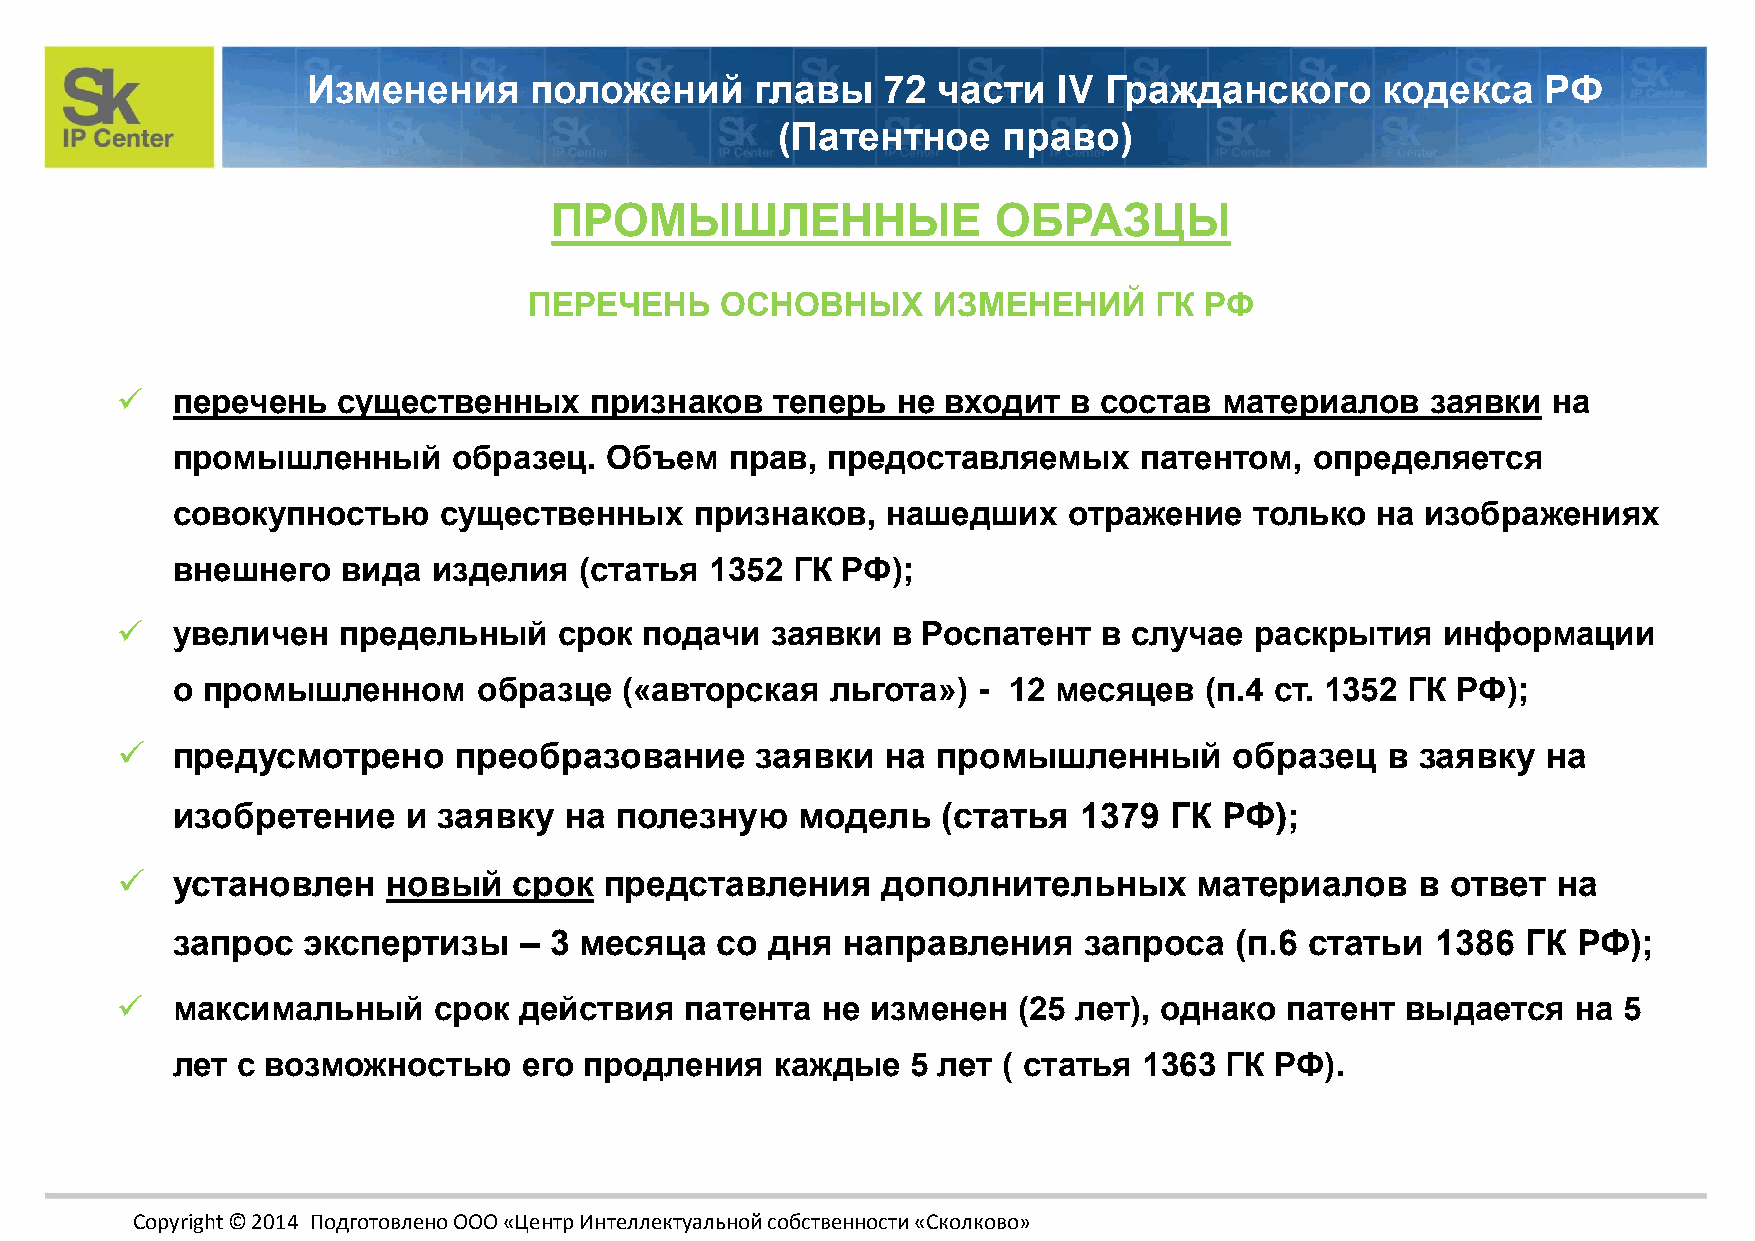
Изменения      положений      главы   72  части   IV Гражданского      кодекса    РФ
 (Патентное     право)
 ПРОМЫШЛЕННЫЕ                  ОБРАЗЦЫ
 ПЕРЕЧЕНЬ     ОСНОВНЫХ      ИЗМЕНЕНИЙ     ГК  РФ
   перечень   существенных     признаков   теперь  не  входит  в состав  материалов    заявки  на
 промышленный       образец.  Объем   прав,  предоставляемых     патентом,   определяется
 совокупностью     существенных     признаков,   нашедших    отражение   только  на изображениях
 внешнего    вида  изделия  (статья  1352 ГК  РФ);
   увеличен   предельный     срок  подачи  заявки  в Роспатент   в случае  раскрытия   информации
 о промышленном       образце  («авторская   льгота»)  - 12 месяцев   (п.4 ст. 1352 ГК РФ);
   предусмотрено      преобразование      заявки   на промышленный        образец   в заявку  на
 изобретение     и заявку  на  полезную    модель   (статья   1379 ГК  РФ);
   установлен     новый   срок  представления     дополнительных       материалов     в ответ  на
 запрос   экспертизы    – 3 месяца   со  дня  направления     запроса   (п.6 статьи  1386  ГК РФ);
   максимальный      срок действия   патента  не  изменен  (25 лет), однако  патент  выдается   на 5
 лет  с возможностью     его продления   каждые   5 лет ( статья  1363 ГК РФ).
 Copyright © 2014 Подготовлено ООО «Центр Интеллектуальной собственности «Сколково»